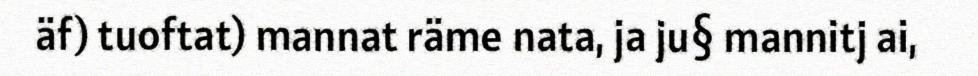
äf) tuoftat) mannat räme nata, ja ju§ mannitj ai,